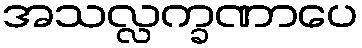
အသလ္လက္ခဏာပေ